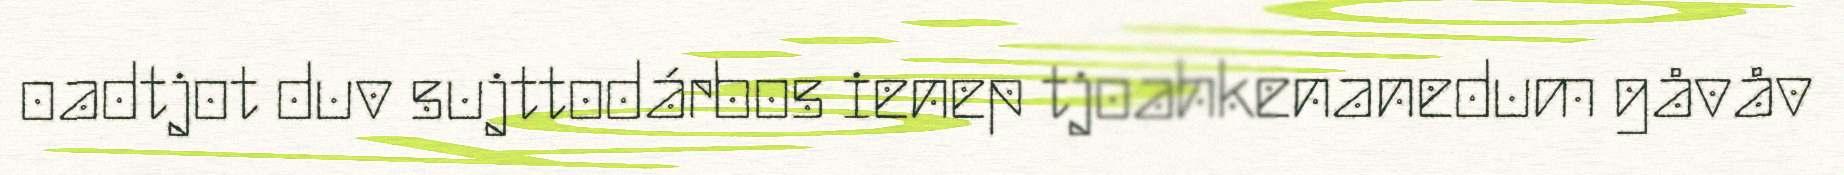
oadtjot duv sujttodárbos ienep tjoahkenanedum gåvåv